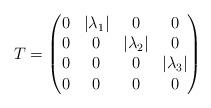
LaTeX: \begin{align*}T= \begin{pmatrix}0 & |\lambda_{1}|& 0 & 0 \\0 & 0 & |\lambda_{2}| & 0 \\0 & 0 & 0 & |\lambda_{3}| \\0 & 0& 0 & 0 \end{pmatrix}\end{align*}